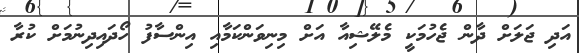
އަދި ޖަލަށް ދާން ޖެހުމަކީ މެލޭޝިއާ އަށް މިނިވަންކަމާއި އިންސާފު ހޯދައިދިނުމަށް ކުރާ